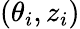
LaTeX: (\theta_{i},z_{i})